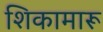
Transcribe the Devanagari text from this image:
शिकामारू